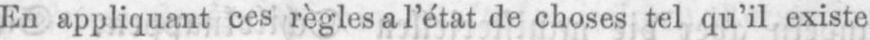
En appliquant ces règles a l’état de choses tel qu’il existe